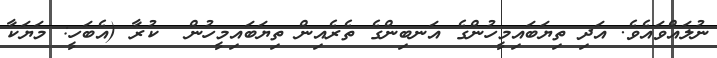
ނުލައްވައެވެ. އަދި ތިޔަބައިމީހުންގެ އަނބިންގެ ތެރެއިން ތިޔަބައިމީހުން  ކުރާ (އެބަހީ: މަޔަކާ